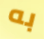
به